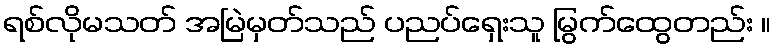
ရစ်လိုမသတ် အမြဲမှတ်သည် ပညပ်ရှေးသူ မြွက်ထွေတည်း ။